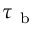
\tau _ { \mathrm { ~ b ~ } }